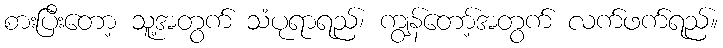
စားပြီးတော့ သူ့အတွက် သံပုရာရည်၊ ကျွန်တော့်အတွက် လက်ဖက်ရည်။